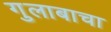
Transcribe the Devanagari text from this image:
गुलाबाचा